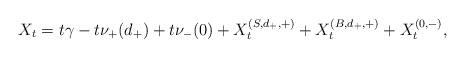
LaTeX: \begin{align*}X_t=t\gamma-t\nu_+(d_+)+t\nu_-(0)+X_t^{(S,d_+,+)} +X_t^{(B,d_+,+)} +X_t^{(0,-)},\end{align*}